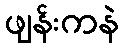
ဖျန်းကနဲ